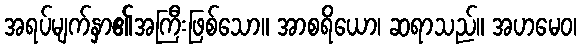
အရပ်မျက်နှာ၏အကြီးဖြစ်သော။ အာစရိယော၊ ဆရာသည်။ အဟမေဝ၊